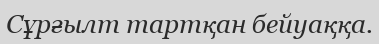
Сұрғылт тартқан бейуаққа.